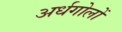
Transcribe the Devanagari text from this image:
अर्धगोलों